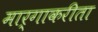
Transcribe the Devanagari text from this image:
मार्गाकरीता